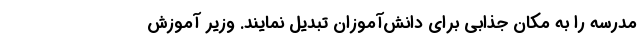
مدرسه‌ را به مکان جذابی برای دانش‌آموزان تبدیل نمایند. وزیر آموزش